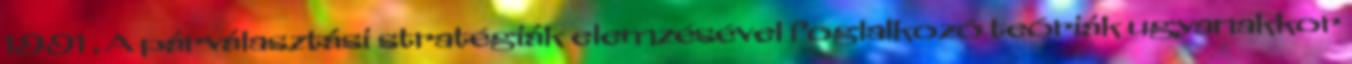
1991 . A párválasztási stratégiák elemzésével foglalkozó teóriák ugyanakkor